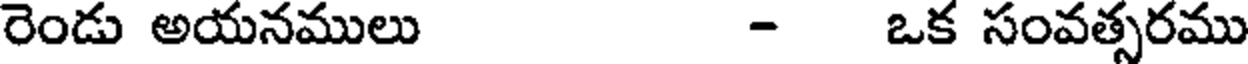
రెండు అయనములు - ఒక సంవత్సరము